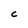
Character: C